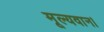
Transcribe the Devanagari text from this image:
मूल्यवान।